Report on sanitation, dispensaries, and jails in Rajputana for 1913, and on vaccination for the year 1913-1914 - 1913-1914
Year: 1913
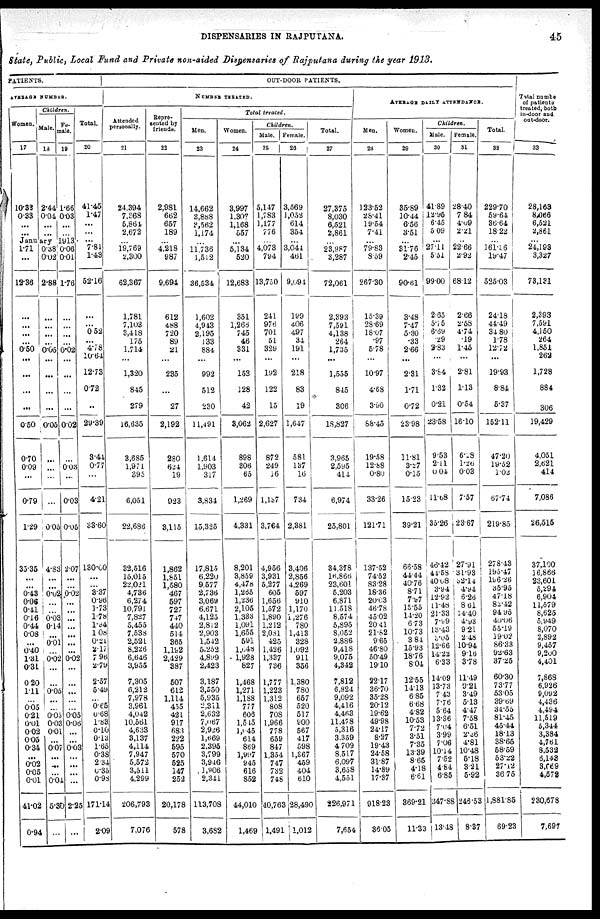
DISPENSARIES IN RAJPUTANA.
45
State, Public, Local Fund and Private non-aided Dispensaries of Rajputana during the year 1913.
PATIENTS.
AVERAGE NUMBER.
Women.
17
10.33
0.33
...
...
Children.
Male.
18
2.44
0.04
...
...
Fe-
male.
19
1.66
0.03
...
...
January 1913.
1.71
...
12.36
...
...
...
...
0.0
...
...
...
...
0.50
0.70
0.09
...
0.79
1.29
35.35
...
...
0.43
0.06
0.41
0.16
0.44
0.08
...
0.40
1.31
0.31
0.20
1.11
...
0.05
0.21
0.01
0.02
0.05
0.34
...
0.02
0.05
0.01
41.02
0.94
0.38
0.02
2.88
...
...
...
...
0.05
...
...
...
...
0.05
...
...
...
...
0.05
4.83
...
...
0.02
...
...
0.03
0.14
...
0.01
...
0.02
...
...
0.05
...
...
0.05
0.03
0.01
...
0.07
...
...
...
0.04
5.30
...
0.06
0.01
1.76
...
...
...
...
0.02
...
...
...
...
0.02
...
0.03
...
0.03
0.05
2.07
...
...
0.02
...
...
...
...
...
...
...
0.02
...
...
...
...
...
0.05
0.06
...
...
0.03
...
...
...
...
2.25
...
Total.
20
41.45
1.47
...
... ...
7.81
1.43
52.16
...
...
0.52
...
... 10.64
12.73
0.72
..
29.39
3.44
0.77
...
4.21
33.60
130.00
...
...
3.37
0.96
1.73
1.78
1.94
1.08
0.21
2.17
7. 96
2.79
2.57
5.49
..
0.65
0.68
1.83
0.10
0.13
1.65
0.38
2.34
0.35
0.98
171.14
2.09
OUT-DOOR PATIENTS.
NUMBER TREATED.
Attended
personally.
21
24,394
7,368
5,864
2,672
...
19,769
2,300
62,367
1,781
7,103
3,418
175
1.714
...
1,320
845
279
16,635
3,685
1,971
395
6,051
22,686
32,516
15,015
22,021
4,736
6,274
10,791
7,827
5,455
7,538
2,521
8,226
6,646
3,955
7,305
6,212
7,978
3,961
4,042
10,561
4,633
3,137
4,114
7,947
5,572
3,511
4,299
206,793
7,076
Repre-
sented by
friends.
22
2,981
662
657
189
...
4,218
987
9,694
612
488
720
89
21
...
235
...
27
2,192
280
624
19
923
3,115
1,862
1,851
1,580
467
597
727
747
440
514
365
1,192
2,429
387
507
612
1,114
455
421
917
683
222
595
570
525
147
252
20,178
578
Total treated.
Men.
23
14,662
3,888
3,562
1,174
...
11,736
1,512
36,534
1,602
4,943
2,195
133
884
...
992
512
230
11,491
1,614
1,903
317
3,834
15,325
17,815
6,220
9,577
2,736
3,069
6,671
4,125
2,812
2,903
1,542
5,252
4,899
2,423
3,187
3,550
5,935
2,311
2,632
7,067
2,926
1,669
2,395
3,799
3,946
3,906
2,341
113,708
3,682
Women.
24
3,997
1,307
1,168
557
...
5,134
520
12,683
351
1,266
745
46
331
...
153
128
42
3,062
898
306
65
1,269
4,331
8,201
3,859
4,478
1,265
1,236
2,105
1,333
1,091
1,655
591
1,648
1,928
827
1,468
1,271
1,138
777
606
1,545
1,045
614
869
1,997
945
616
852
44,010
1,469
Children.
Male.
25
5,147
1,783
1,177
776
...
4,073
794
13,750
241
976
701
51
329
...
192
122
15
2,627
872
249
16
1,157
3,764
4,956
3,931
5,277
605
1,656
1,572
1,890
1,212
2,081
425
1,426
1,337
736
1,777
1,223
1,312
808
708
1,966
778
659
847
1,354
747
732
748
40,763
1,491
Female.
26
3,569
1,052
614
354
...
3,044
461
9,094
199
406
497
34
191
...
218
83
19
1,647
581
137
16
734
2,381
3,406
2,856
4,269
597
910
1,170
1 ,276
780
1,413
328
1,092
911
356
1,380
780
657
520
517
900
567
417
598
1 ,367
459
404
610
28,490
1,012
Total.
27
27,375
8,030
6,521
2,861
...
23,987
3,287
72,061
2,393
7,591
4,138
264
1,735
...
1,555
845
306
18,827
3,965
2,595
414
6,974
25,801
34,378
16,866
23,601
5,203
6,871
11,518
8,574
5,895
8,052
2,886
9,418
9,075
4,342
7,812
6,824
9,092
4,416
4,463
11,478
5,316
3,359
4,709
8,517
6,097
3,658
4,551
226,971
7,654
AVERAGE DAILY ATTENDANCE.
Men.
28
123.52
28.41
19.54
7.41
...
79.83
8.59
267.30
15.39
28.69
18.07
.97
578
...
10.97
4.68
3.90
88.45
19.58
12.88
0.80
33.26
121.71
137.52
74.52
83.28
18.36
20.03
46.78
45.02
20.41
21.62
9.65
46.80
50.49
19.10
22.17
36.70
35.28
20.12
19.62
49.98
24.17
8.27
19.43
24.58
31.87
14.89
17.37
918.23
36.05
Women.
29
35.89
10.44
6.56
3.51
...
31.76
2.45
90.61
3.48
7.47
5.30
.33
2.66
...
2.31
1.71
0.72
23.98
11.81
3.27
0.15
15.23
39.21
66.58
44.44
40.76
8.71
7.97
15.55
14.20
6.73
10.73
3.84
15.93
18.76
8.04
12.55
14.13
6.85
6.68
4.82
10.53
7.72
3.51
7.35
13.39
8.65
4.18
6.61
369.21
11.33
Children.
Male.
30
41.89
12.95
6.45
5.09
...
27.11
5.51
99.00
2.65
5.75
6.69
.29
2.83
...
3.84
1.32
0.21
23.58
9.53
2.11
0.04
11.68
35.26
46.42
44.58
40.08
3.94
12.92
11.48
21.33
7.99
13.43
3.05
12.66
14.22
6.33
14.09
13.73
7.43
7.76
5.64
13.36
7.04
3.99
7.06
10.14
7.52
4.84
6.85
347.88
13.48
Female
31
28.40
7.84
4.09
2.21
...
22.66
2.92
68.12
2.66
2.58
4.74
.19
1.45
...
2.81
1.13
0.54
16.10
6.28
1.26
0.03
7.57
23.67
27.91
31.93
52.14
4.94
6.26
8.61
14.40
4.93
9.21
2.48
10.94
9.16
3.78
11.49
9.21
3.49
5.13
4.47
7.58
6.51
2.36
4.81
10.48
6.18
3.21
5.92
246.53
8.37
Total.
32
229.70
59.64
36.64
18.22
...
161.36
19.47
525.03
24.18
44.49
34.80
1.78
12.72
...
19.93
8.84
5.37
152.11
47.20
19.52
1.02
67.74
219.85
278.43
195.47
196.26
35.95
47.18
82.42
94.95
40.06
55.19
19. 02
86.33
93.63
37.25
60.30
73.77
53.05
39.69
34.55
81.45
45.44
18.13
38.65
58.59
53.22
27.12
36.75
1,881.85
69.23
Total numbe
of patients
treated both
in-door and
out-door.
33
28,163
8,066
6,621
2,861
...
24,193
3,327
73,131
2,393
7,591
4,150
264
1,851
262
1,728
884
306
19,429
4,051
2,621
414
7,086
26,515
37,100
16,866
23,601
5,294
6,904
11,579
8,625
5,949
8,070
2,892
9,457
9,200
4,401
7,868
6,926
9,092
4,436
4,494
11,519
5,344
3,384
4,761
8,532
6,143
3,669
4,572
230,678
7,697